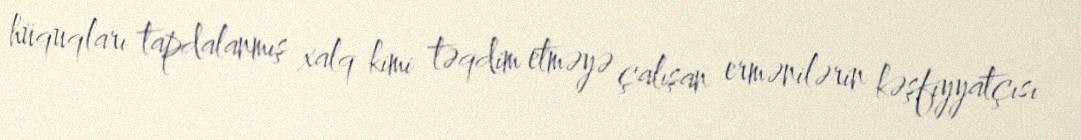
hüquqları tapdalanmış xalq kimi təqdim etməyə çalışan ermənilərin kəşfiyyatçısı